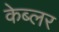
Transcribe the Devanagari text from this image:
केब्लर